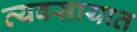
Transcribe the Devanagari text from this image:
व्‍यवसायात